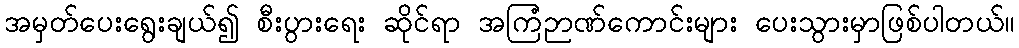
အမှတ်ပေးရွေးချယ်၍ စီးပွားရေး ဆိုင်ရာ အကြံဉာဏ်ကောင်းများ ပေးသွားမှာဖြစ်ပါတယ်။